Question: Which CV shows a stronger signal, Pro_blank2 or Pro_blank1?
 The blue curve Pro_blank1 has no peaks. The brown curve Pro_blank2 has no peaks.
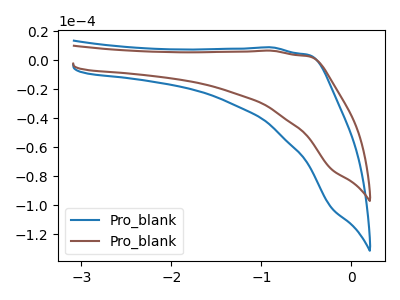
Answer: <think>Neither "Pro_blank2" or "Pro_blank1" have any peaks.
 </think>
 <answer>I cant tell if "Pro_blank2" or "Pro_blank1" has more signal.</answer>
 <eval>mixed_signal</eval>